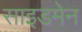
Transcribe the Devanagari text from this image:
साइडमेन